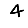
Digit: 4